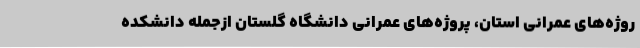
روژه‌های عمرانی استان، پروژه‌های عمرانی دانشگاه گلستان ازجمله دانشکده